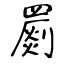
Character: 罽